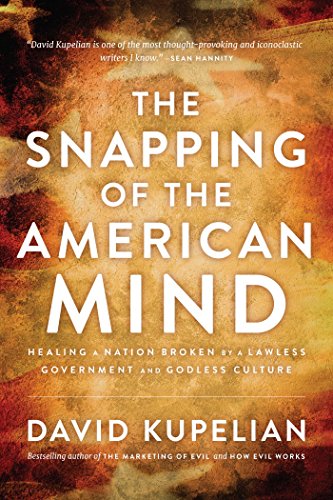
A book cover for The Snapping of the American Mind: Healing a Nation Broken by a Lawless Government and Godless Culture; David Kupelian; Politics & Social Sciences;